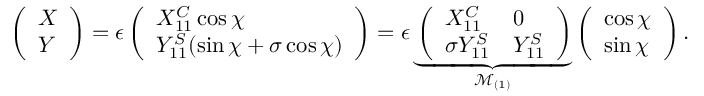
\left( \begin{array} { l } { X } \\ { Y } \end{array} \right) = \epsilon \left( \begin{array} { l } { X _ { 1 1 } ^ { C } \cos \chi } \\ { Y _ { 1 1 } ^ { S } ( \sin \chi + \sigma \cos \chi ) } \end{array} \right) = \epsilon \underbrace { \left( \begin{array} { l l } { X _ { 1 1 } ^ { C } } & { 0 } \\ { \sigma Y _ { 1 1 } ^ { S } } & { Y _ { 1 1 } ^ { S } } \end{array} \right) } _ { \mathcal { M } _ { ( 1 ) } } \left( \begin{array} { l } { \cos \chi } \\ { \sin \chi } \end{array} \right) .